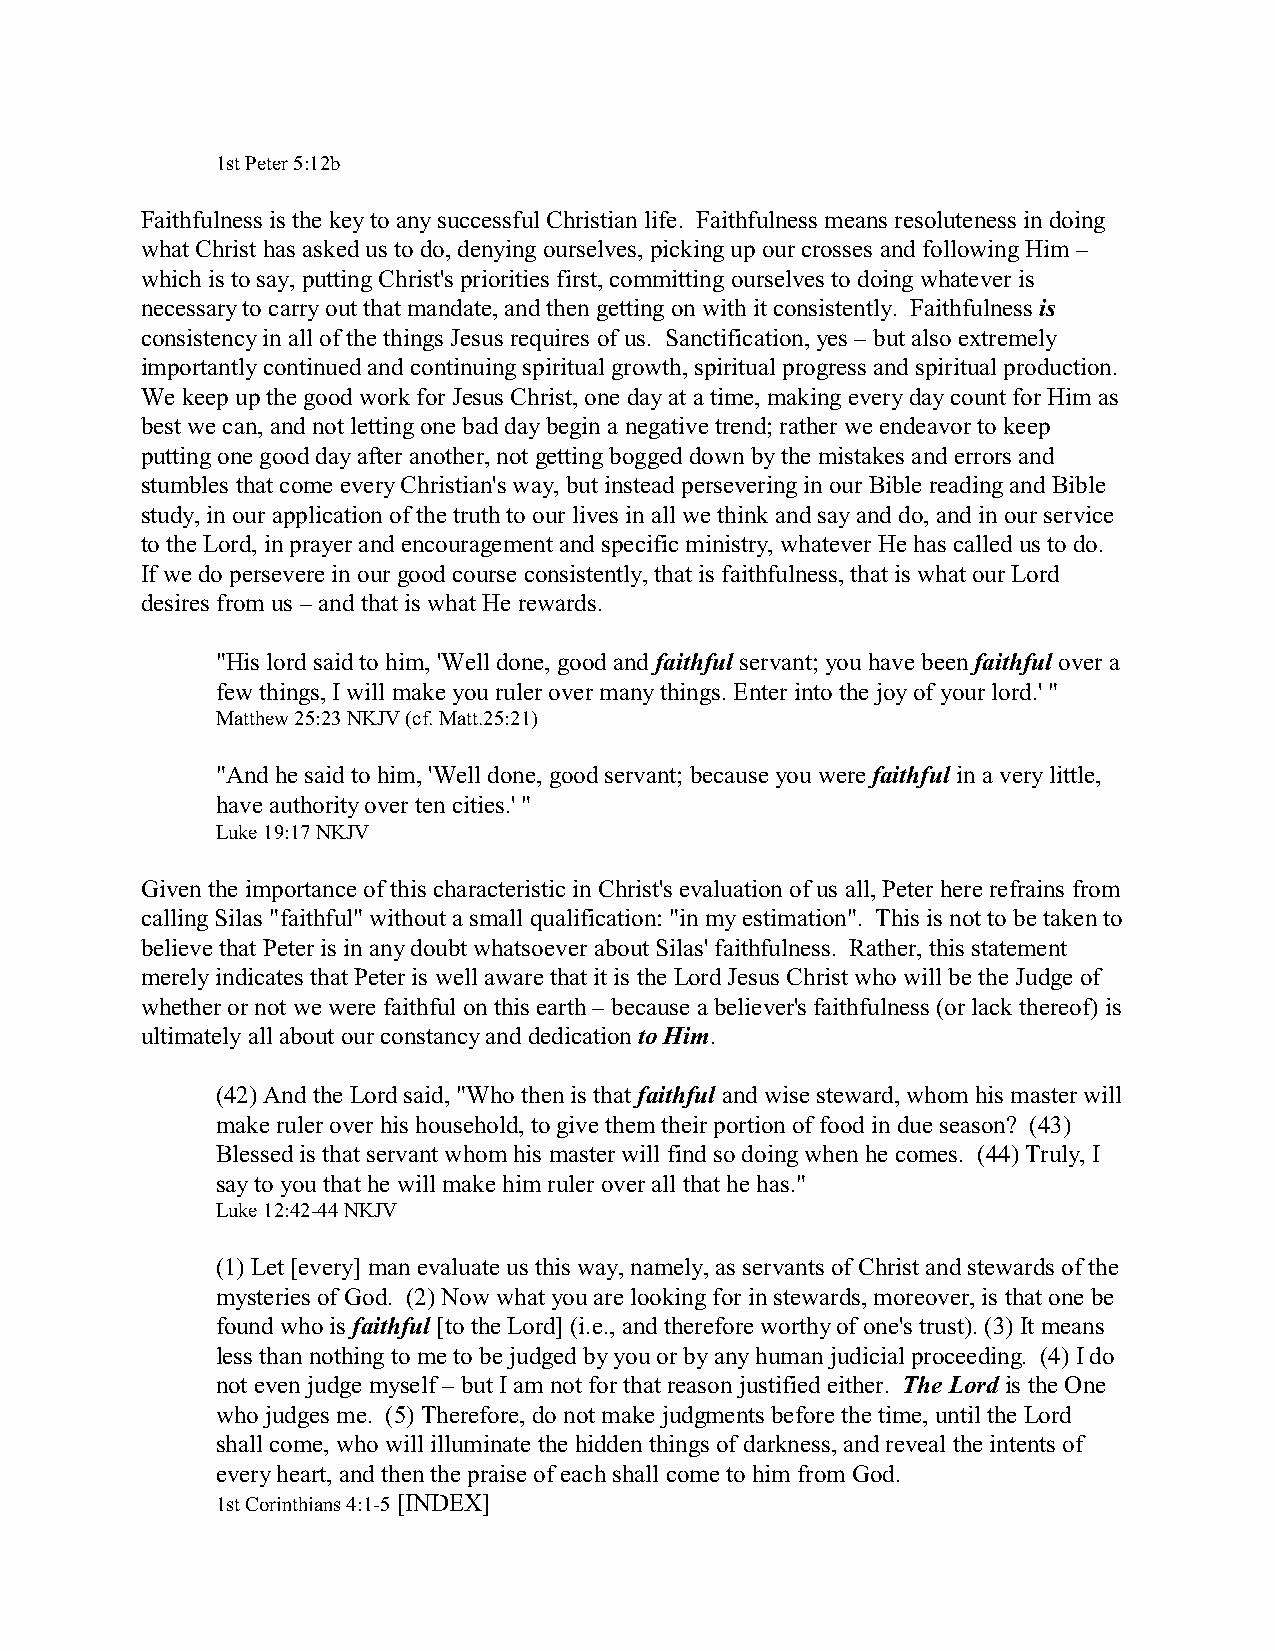
1st Peter 5:12b
 Faithfulness is the key to any successful Christian life. Faithfulness means resoluteness in doing
 what Christ has asked us to do, denying ourselves, picking up our crosses and following Him –
 which is to say, putting Christ's priorities first, committing ourselves to doing whatever is
 necessary to carry out that mandate, and then getting on with it consistently. Faithfulness is
 consistency in all of the things Jesus requires of us. Sanctification, yes – but also extremely
 importantly continued and continuing spiritual growth, spiritual progress and spiritual production.
 We keep up the good work for Jesus Christ, one day at a time, making every day count for Him as
 best we can, and not letting one bad day begin a negative trend; rather we endeavor to keep
 putting one good day after another, not getting bogged down by the mistakes and errors and
 stumbles that come every Christian's way, but instead persevering in our Bible reading and Bible
 study, in our application of the truth to our lives in all we think and say and do, and in our service
 to the Lord, in prayer and encouragement and specific ministry, whatever He has called us to do.
 If we do persevere in our good course consistently, that is faithfulness, that is what our Lord
 desires from us – and that is what He rewards.
 "His lord said to him, 'Well done, good and faithful servant; you have been faithful over a
 few things, I will make you ruler over many things. Enter into the joy of your lord.' "
 Matthew 25:23 NKJV (cf. Matt.25:21)
 "And he said to him, 'Well done, good servant; because you were faithful in a very little,
 have authority over ten cities.' "
 Luke 19:17 NKJV
 Given the importance of this characteristic in Christ's evaluation of us all, Peter here refrains from
 calling Silas "faithful" without a small qualification: "in my estimation". This is not to be taken to
 believe that Peter is in any doubt whatsoever about Silas' faithfulness. Rather, this statement
 merely indicates that Peter is well aware that it is the Lord Jesus Christ who will be the Judge of
 whether or not we were faithful on this earth – because a believer's faithfulness (or lack thereof) is
 ultimately all about our constancy and dedication to Him.
 (42) And the Lord said, "Who then is that faithful and wise steward, whom his master will
 make ruler over his household, to give them their portion of food in due season? (43)
 Blessed is that servant whom his master will find so doing when he comes. (44) Truly, I
 say to you that he will make him ruler over all that he has."
 Luke 12:42-44 NKJV
 (1) Let [every] man evaluate us this way, namely, as servants of Christ and stewards of the
 mysteries of God. (2) Now what you are looking for in stewards, moreover, is that one be
 found who is faithful [to the Lord] (i.e., and therefore worthy of one's trust). (3) It means
 less than nothing to me to be judged by you or by any human judicial proceeding. (4) I do
 not even judge myself – but I am not for that reason justified either. The Lord is the One
 who judges me. (5) Therefore, do not make judgments before the time, until the Lord
 shall come, who will illuminate the hidden things of darkness, and reveal the intents of
 every heart, and then the praise of each shall come to him from God.
 1st Corinthians 4:1-5 [INDEX]